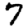
Digit: 7